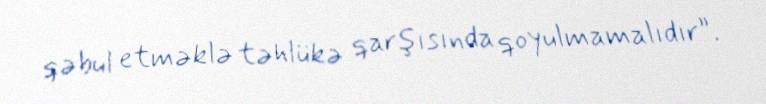
qəbul etməklə təhlükə qarşısında qoyulmamalıdır”.